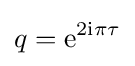
q=\mathrm {e} ^{{2{\rm {i}}}\pi \tau }